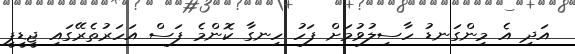
އަދި އެ މިންގަނޑު ހާސިލުވުމަށް ފަހު ހިނގާ ކޮންމެ ފަސް އަހަރުތެރޭގައި ޖީޑީޕީ